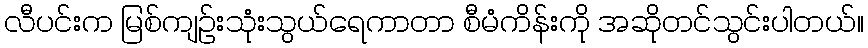
လီပင်းက မြစ်ကျဉ်းသုံးသွယ်ရေကာတာ စီမံကိန်းကို အဆိုတင်သွင်းပါတယ်။